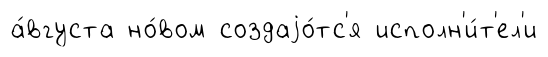
а́вгуста но́вом создаjо́тс'я исполн'и́т'ел'и